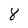
Character: 8